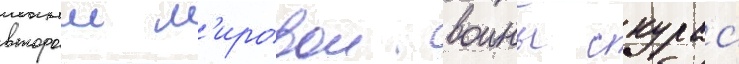
второи м'ировои воины скурас